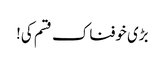
بڑی خوفناک قسم کی!